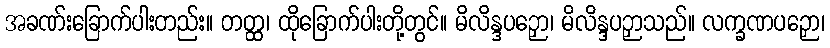
အခဏ်းခြောက်ပါးတည်း။ တတ္ထ၊ ထိုခြောက်ပါးတို့တွင်။ မိလိန္ဒပဉှော၊ မိလိန္ဒပဉှာသည်။ လက္ခဏပဉှော၊